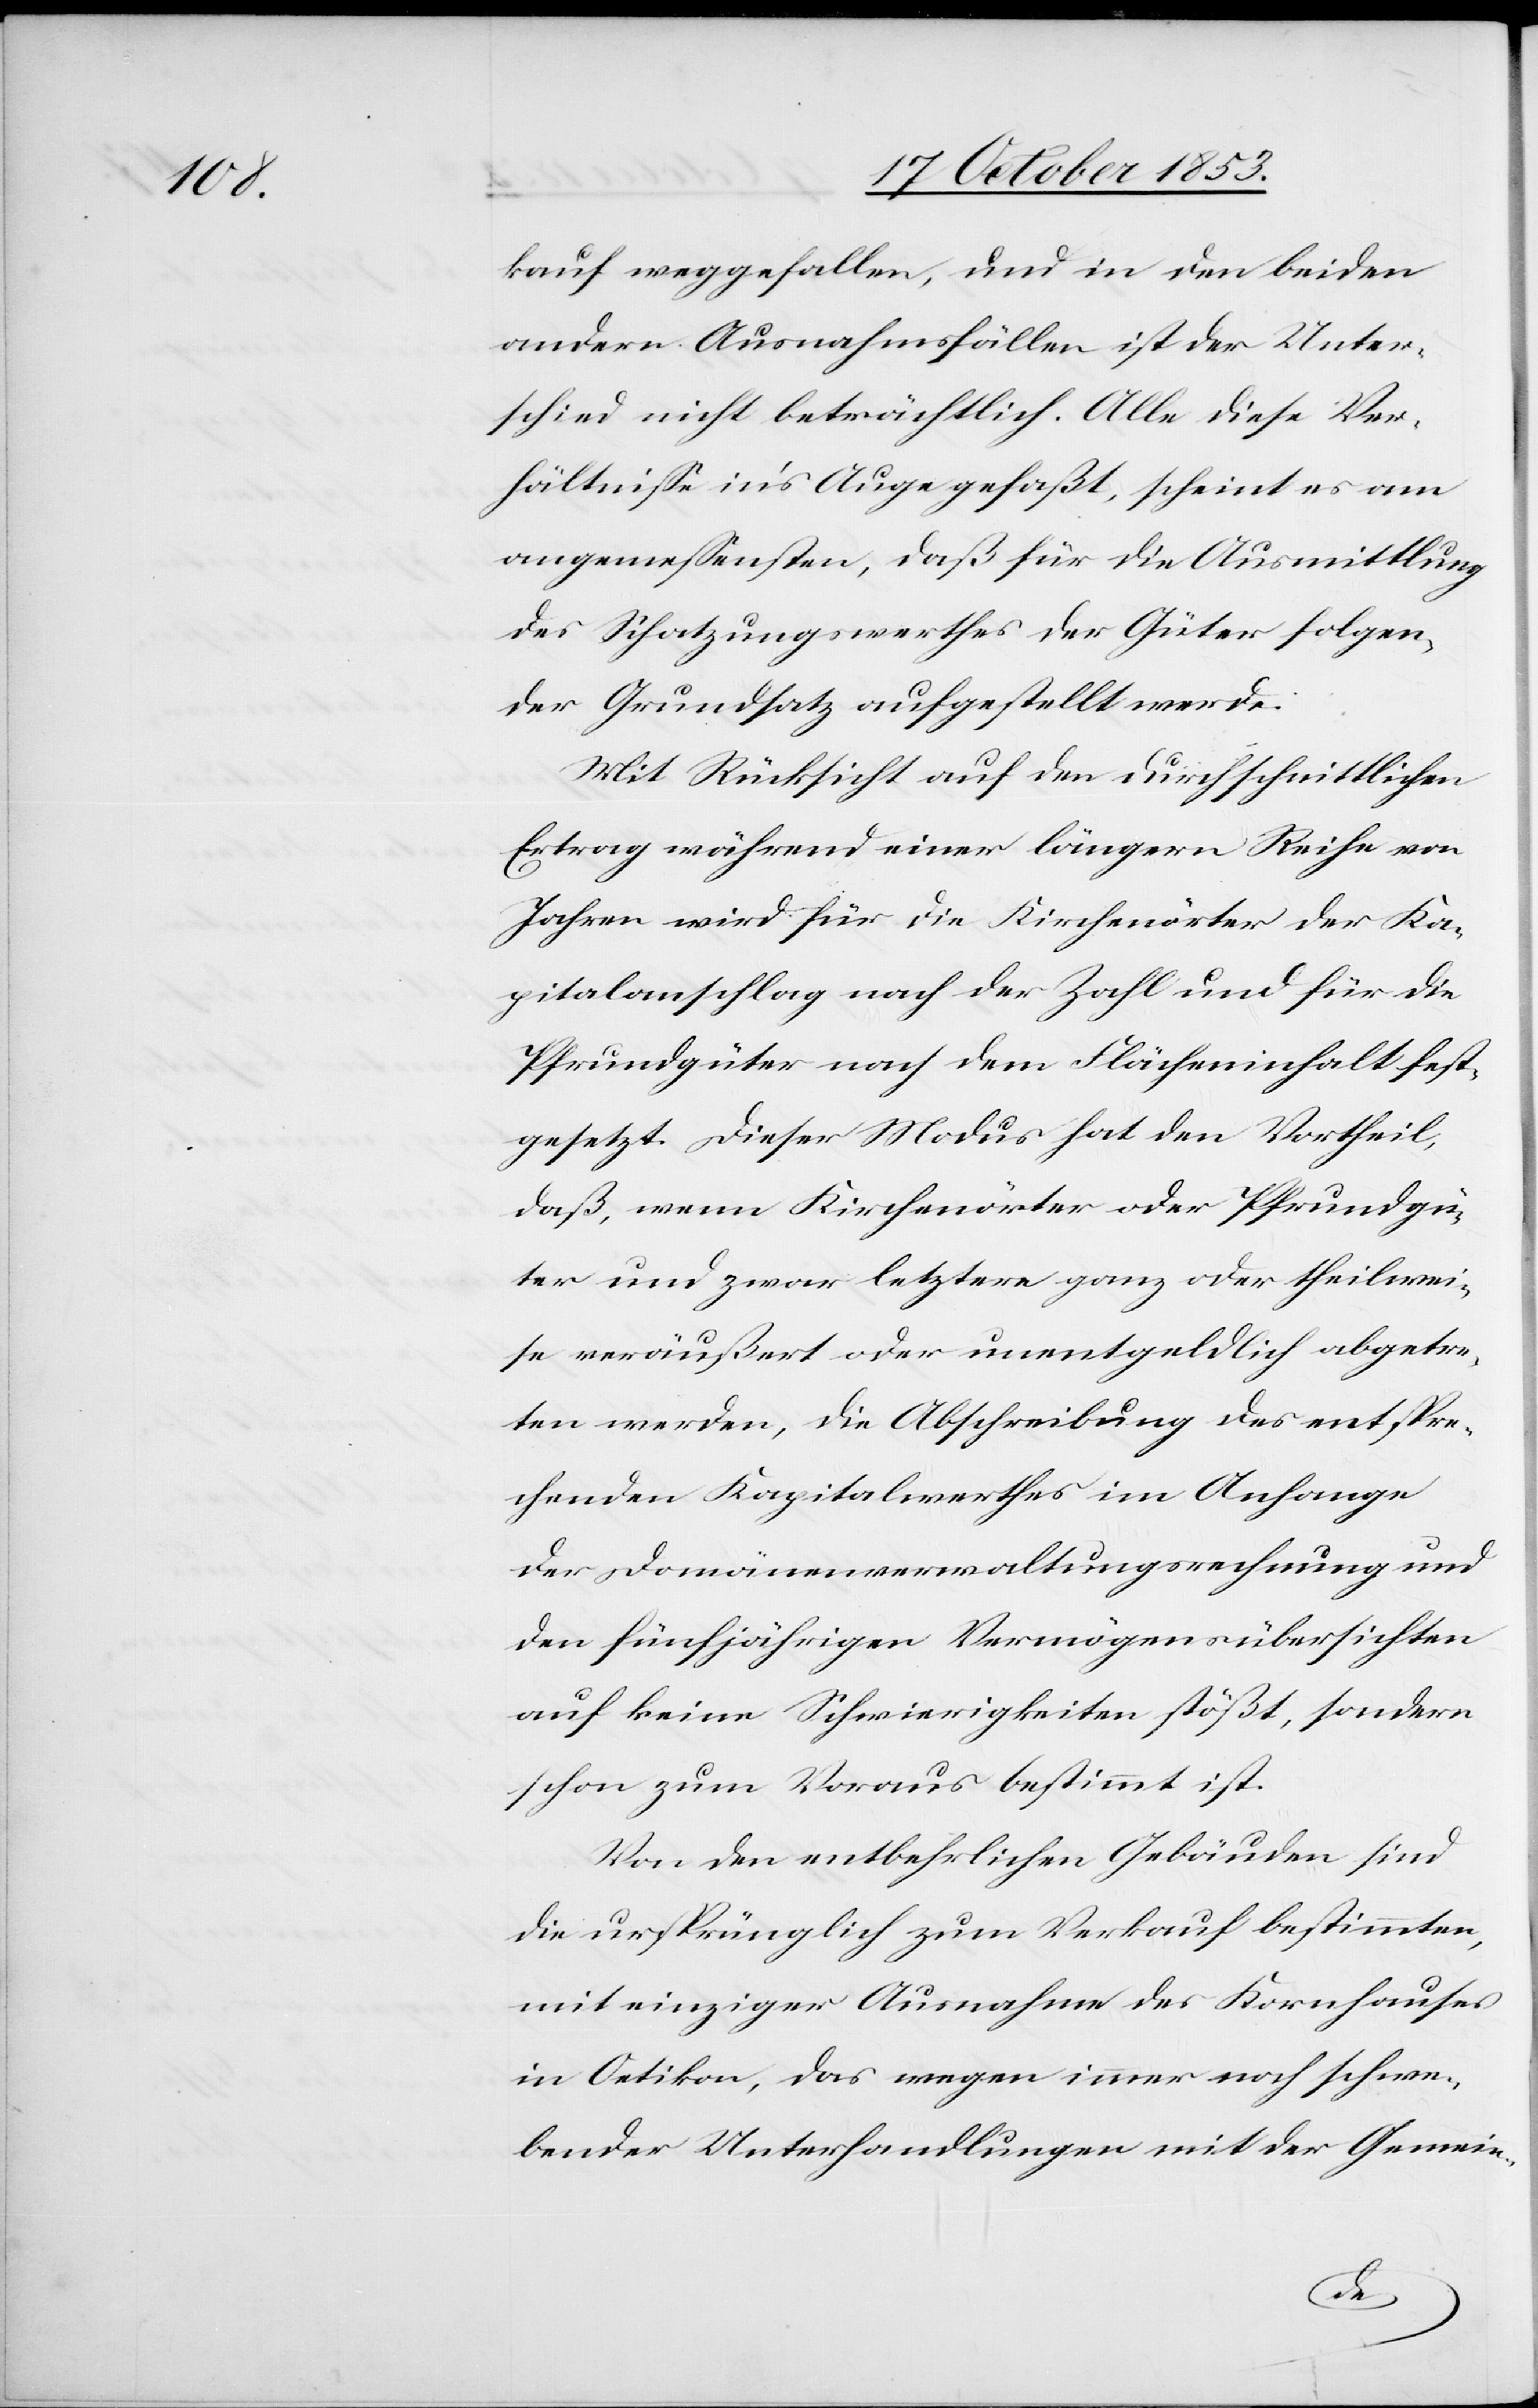
kauf weggefallen, und in den beiden
andern Ausnahmsfällen ist der Unter¬
schied nicht beträchtlich. Alle diese Ver¬
hältniße in’s Auge gefaßt, scheint es am
angemeßensten, daß für die Ausmittlung
des Schatzungswerthes der Güter folgen¬
der Grundsatz aufgestellt werde.
Mit Rücksicht auf den durchschnittlichen
Ertrag während einer längern Reihe von
Jahren wird für die Kirchenörter der Ka¬
pitalanschlag nach der Zahl und für die
Pfrundgüter nach dem Flächeninhalt fest¬
gesetzt. Dieser Modus hat den Vortheil,
daß, wenn Kirchenörter oder Pfrundgü¬
ter und zwar letztere ganz oder theilwei¬
se veräußert oder unentgeldlich abgetre¬
ten werden, die Abschreibung des entspre¬
chenden Kapitalwerthes im Anhange
der Domänenverwaltungsrechnung und
den fünfjährigen Vermögensübersichten
auf keine Schwierigkeiten stößt, sondern
schon zum Voraus bestimmt ist.
Von den entbehrlichen Gebäuden sind
die ursprünglich zum Verkauf bestimmten,
mit einziger Ausnahme des Kornhauses
in Oetikon, das wegen immer noch schwe¬
bender Unterhandlungen mit der Gemein-